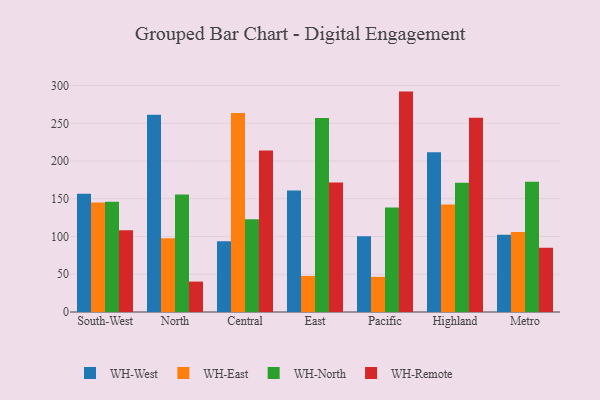
{"axis": {"x": "Region", "y": "Page Views"}, "legend": ["WH-East", "WH-North", "WH-Remote", "WH-West"], "data": [{"x": "South-West", "y": 156.6, "type": "WH-West"}, {"x": "South-West", "y": 145.0, "type": "WH-East"}, {"x": "South-West", "y": 146.1, "type": "WH-North"}, {"x": "South-West", "y": 108.4, "type": "WH-Remote"}, {"x": "North", "y": 261.4, "type": "WH-West"}, {"x": "North", "y": 97.7, "type": "WH-East"}, {"x": "North", "y": 155.8, "type": "WH-North"}, {"x": "North", "y": 40.3, "type": "WH-Remote"}, {"x": "Central", "y": 93.7, "type": "WH-West"}, {"x": "Central", "y": 263.7, "type": "WH-East"}, {"x": "Central", "y": 122.9, "type": "WH-North"}, {"x": "Central", "y": 214.0, "type": "WH-Remote"}, {"x": "East", "y": 160.9, "type": "WH-West"}, {"x": "East", "y": 47.8, "type": "WH-East"}, {"x": "East", "y": 257.1, "type": "WH-North"}, {"x": "East", "y": 171.6, "type": "WH-Remote"}, {"x": "Pacific", "y": 100.5, "type": "WH-West"}, {"x": "Pacific", "y": 46.6, "type": "WH-East"}, {"x": "Pacific", "y": 138.4, "type": "WH-North"}, {"x": "Pacific", "y": 292.0, "type": "WH-Remote"}, {"x": "Highland", "y": 211.5, "type": "WH-West"}, {"x": "Highland", "y": 142.3, "type": "WH-East"}, {"x": "Highland", "y": 171.1, "type": "WH-North"}, {"x": "Highland", "y": 257.5, "type": "WH-Remote"}, {"x": "Metro", "y": 102.4, "type": "WH-West"}, {"x": "Metro", "y": 106.0, "type": "WH-East"}, {"x": "Metro", "y": 172.6, "type": "WH-North"}, {"x": "Metro", "y": 85.2, "type": "WH-Remote"}]}